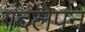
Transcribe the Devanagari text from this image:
गंदलेपन